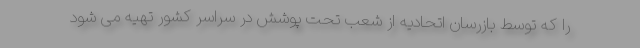
را که توسط بازرسان اتحادیه از شعب تحت پوشش در سراسر کشور تهیه می شود